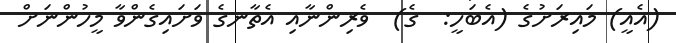
(އެއީ) މައިރަށުގެ (އެބަހީ:  ގެ)  ވެރިންނާއި އެތާނގެ ވަށައިގެންވާ މީހުންނަށް